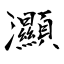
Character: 灦